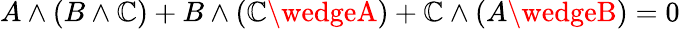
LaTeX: A\wedge(B\wedge\mathbb{C})+B\wedge(\mathbb{C}\wedgeA)+\mathbb{C}\wedge(A\wedgeB)=0